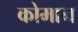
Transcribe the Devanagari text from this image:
कोमान